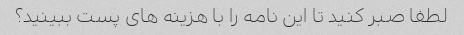
لطفا صبر کنید تا این نامه را با هزینه های پست ببینید؟